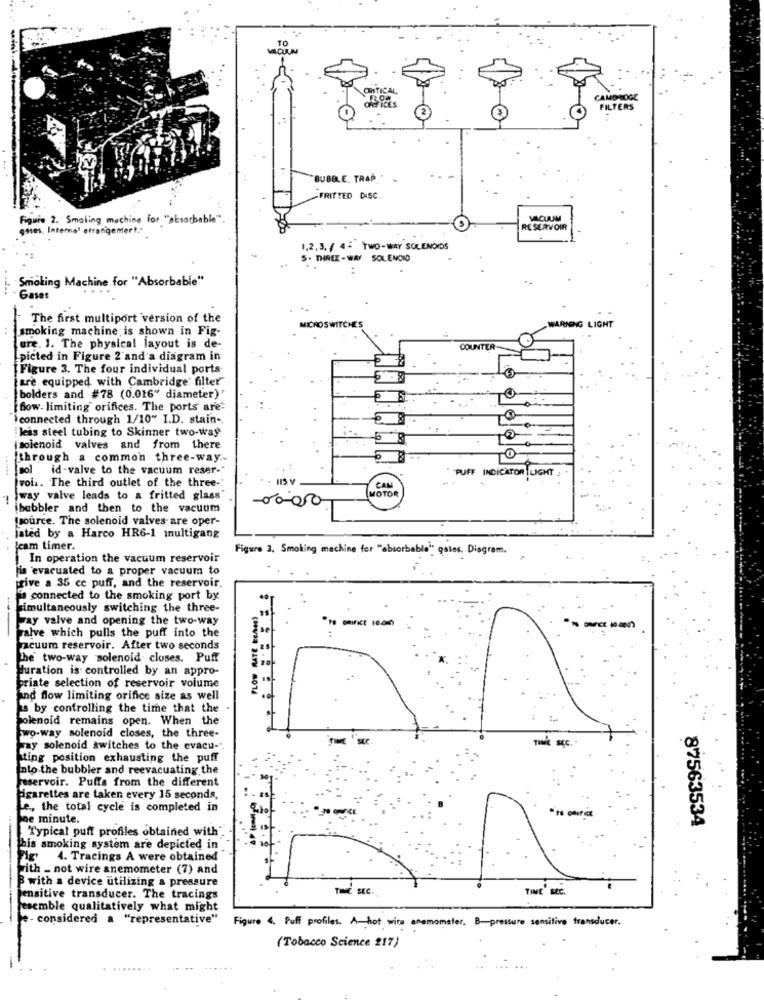
..
TO
VACUUM
OnTICAL
CAMOLOGE
FILTERS
BUBBLE, TRAP "
FRIŤTED DISC.
Figure 2. Smoling machine for "absorbable".
VACUUM
gases. Interne' errangemert .*
RESERVOIR
1,2, 31 / 4- TWO-WAY SOLENOIDS
5- THREE - WAY SOLENOID
Smoking Machine for "Absorbable"
Gases
The first multiport version of the
WARNING LIGHT
smoking machine is shown in Fig-
MICROSWITCHES
ure. 1. The physical layout is de-
COUNTER-
picted in Figure 2'and a diagram in
[Figure 3. The four individual ports
are equipped with Cambridge filter
bolders and #78 (0.016" diameter)"
[ fow- limiting orifices. The ports are-
connected through 1/10" I.D. stain-
:less steel tubing to Skinner two-way
|solenoid valves and from there
through a common three-way .-
-O
......
[sol id-valve to the vacuum reser-"
" PUFF INDICATOR LIGHT
voi .. The third outlet of the three-
MOTOR
CAN
way valve leads to a fritted glass
ibubbler and then to the vacuum
0000
+
Lgource. The solenoid valves are oper-
jated by a Harco HR6-1 multigang
cam timer.
Figure 3. Smoking machine for "absorbable" gates. Diagram.
In operation the vacuum reservoir
jis evacuated to a proper vacuum to
rive a 35 cc puff, and the reservoir.
' connected to the smoking port by
---
simultaneously switching the three-
FLOW RATE EenGE)
Jay valve and opening the two-way
valve which pulls the puff into the
acuum reservoir. After two seconds
the two-way solenoid closes. Puff
duration is controlled by an appro-
priate selection of reservoir volume
and flow limiting orifice size as well
is by controlling the time that the
Solenoid remains open. When the
two-way solenoid closes, the three-
way solenoid switches to the evacu-
sting position exhausting the puff
Into the bubbler and reevacuating the
aservoir. Puffs from the different
ligarettes are taken every 15 seconds,
Le ., the total cycle is completed in
ne minute.
87563534
Typical puff profiles obtained with"
--
his smoking system are depicted in
Pig'
4. Tracings A were obtained
with - not wire anemometer (7) and
B with a device utilizing a pressure
TIME SEC.
TIME SEC.
ensitive transducer. The tracings
jesemble qualitatively what might
e- considered a "representative"
Figure 4. Puff profiles. A-hot wire anemomater. B-pressure sensitive transducer.
(Tobacco Science 217)